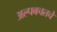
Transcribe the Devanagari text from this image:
अल्पबचतचे